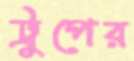
ট্রুপের